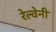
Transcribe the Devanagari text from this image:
रेल्वेनी